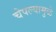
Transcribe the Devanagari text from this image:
चेपल्यामुळे